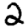
Digit: 2